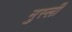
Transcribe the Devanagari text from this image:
नुस्ली